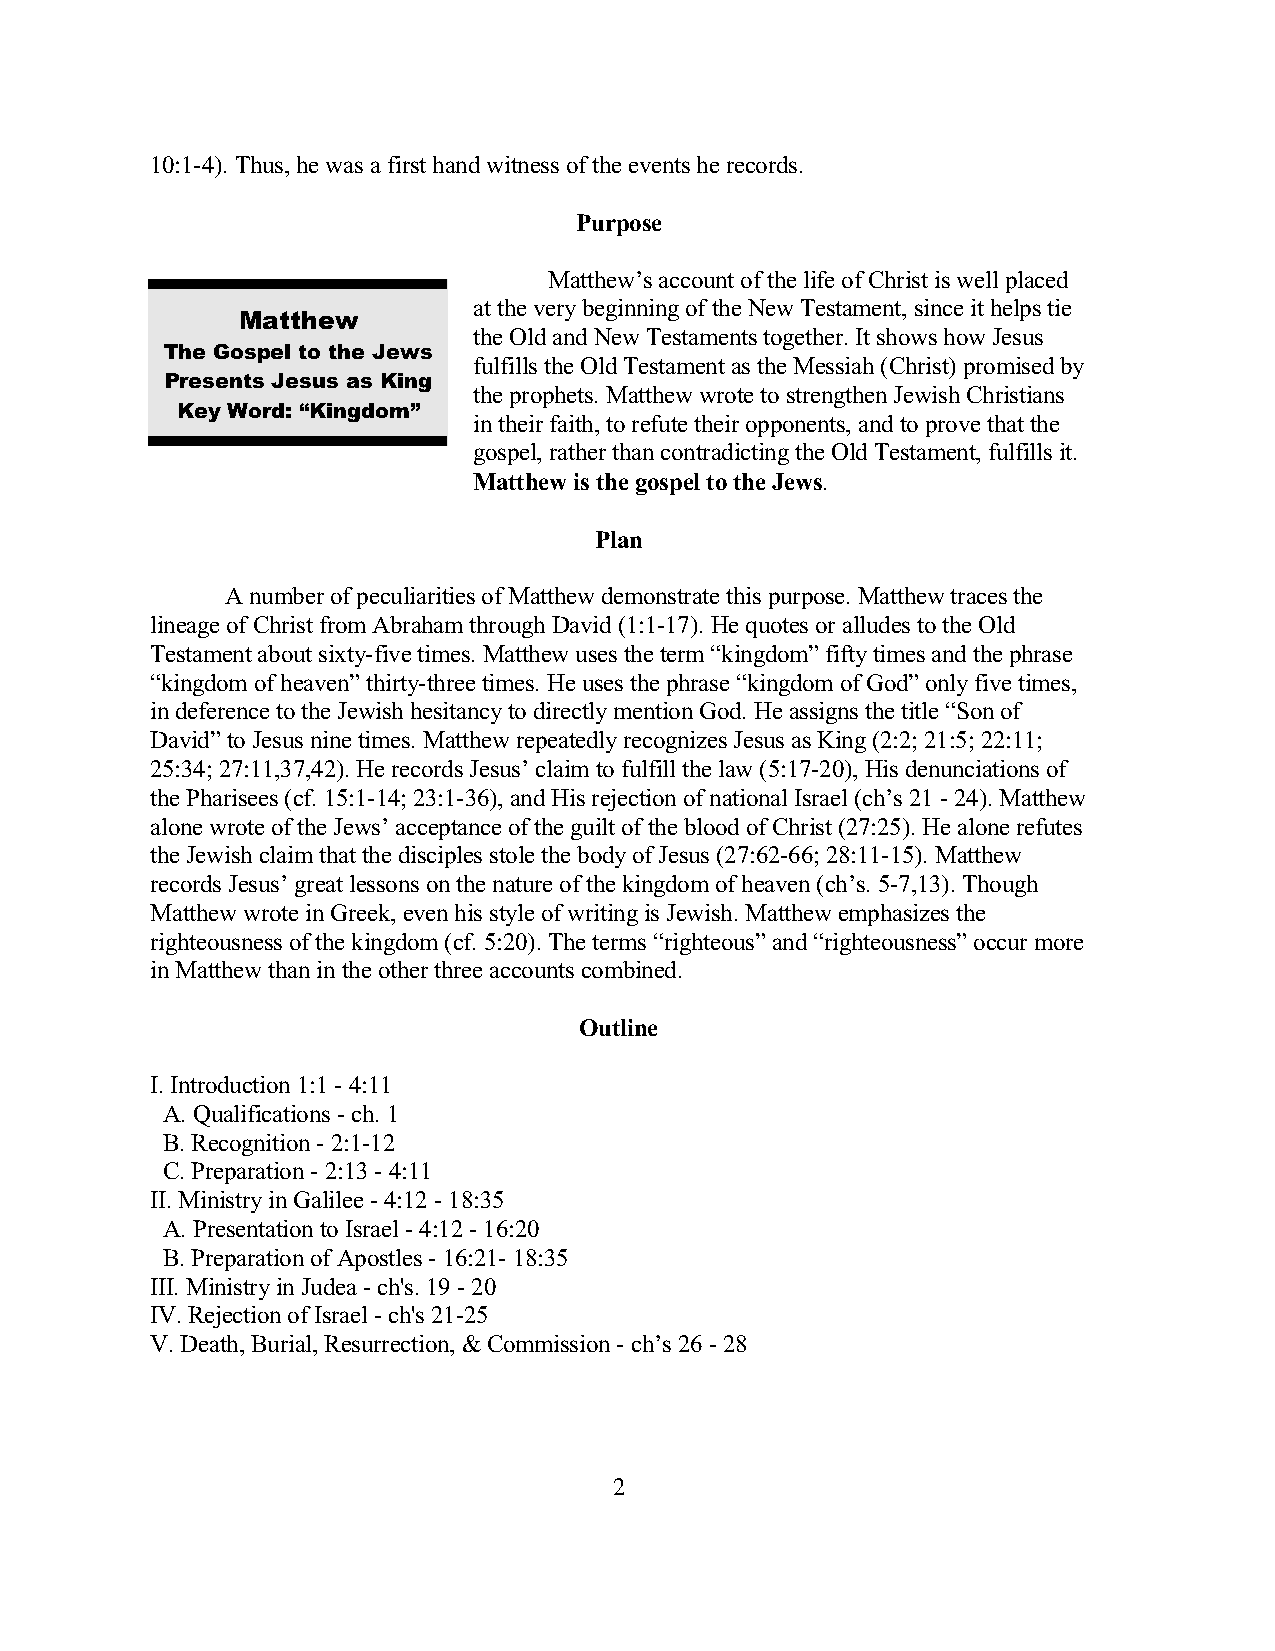
10:1-4). Thus, he was a first hand witness of the events he records.
 Purpose
 Matthew’s account of the life of Christ is well placed
 at the very beginning of the New Testament, since it helps tie
 Matthew
 the Old and New Testaments together. It shows how Jesus
 The Gospel to the Jews
 fulfills the Old Testament as the Messiah (Christ) promised by
 Presents Jesus as King
 the prophets. Matthew wrote to strengthen Jewish Christians
 Key Word: “Kingdom”
 in their faith, to refute their opponents, and to prove that the
 gospel, rather than contradicting the Old Testament, fulfills it.
 Matthew is the gospel to the Jews.
 Plan
 A number of peculiarities of Matthew demonstrate this purpose. Matthew traces the
 lineage of Christ from Abraham through David (1:1-17). He quotes or alludes to the Old
 Testament about sixty-five times. Matthew uses the term “kingdom” fifty times and the phrase
 “kingdom of heaven” thirty-three times. He uses the phrase “kingdom of God” only five times,
 in deference to the Jewish hesitancy to directly mention God. He assigns the title “Son of
 David” to Jesus nine times. Matthew repeatedly recognizes Jesus as King (2:2; 21:5; 22:11;
 25:34; 27:11,37,42). He records Jesus’ claim to fulfill the law (5:17-20), His denunciations of
 the Pharisees (cf. 15:1-14; 23:1-36), and His rejection of national Israel (ch’s 21 - 24). Matthew
 alone wrote of the Jews’ acceptance of the guilt of the blood of Christ (27:25). He alone refutes
 the Jewish claim that the disciples stole the body of Jesus (27:62-66; 28:11-15). Matthew
 records Jesus’ great lessons on the nature of the kingdom of heaven (ch’s. 5-7,13). Though
 Matthew wrote in Greek, even his style of writing is Jewish. Matthew emphasizes the
 righteousness of the kingdom (cf. 5:20). The terms “righteous” and “righteousness” occur more
 in Matthew than in the other three accounts combined.
 Outline
 I. Introduction 1:1 - 4:11
 A. Qualifications - ch. 1
 B. Recognition - 2:1-12
 C. Preparation - 2:13 - 4:11
 II. Ministry in Galilee - 4:12 - 18:35
 A. Presentation to Israel - 4:12 - 16:20
 B. Preparation of Apostles - 16:21- 18:35
 III. Ministry in Judea - ch's. 19 - 20
 IV. Rejection of Israel - ch's 21-25
 V. Death, Burial, Resurrection, & Commission - ch’s 26 - 28
 2